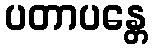
ပတာပန္တေ